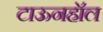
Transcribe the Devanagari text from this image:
टाऊनहॉल